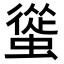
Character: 𧐱